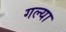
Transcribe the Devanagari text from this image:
गल्या